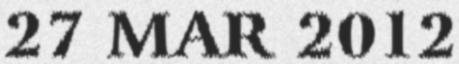
27 MAR 2012